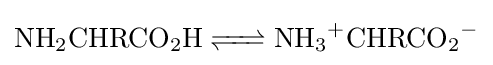
{\ce {NH2CHRCO2H <=> NH3+CHRCO2-}}